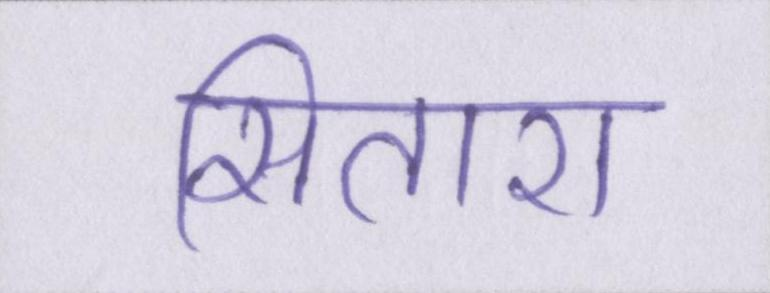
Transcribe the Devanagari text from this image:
सितारा